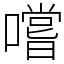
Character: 嚐